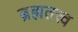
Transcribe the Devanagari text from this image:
ब्रह्मतत्त्व